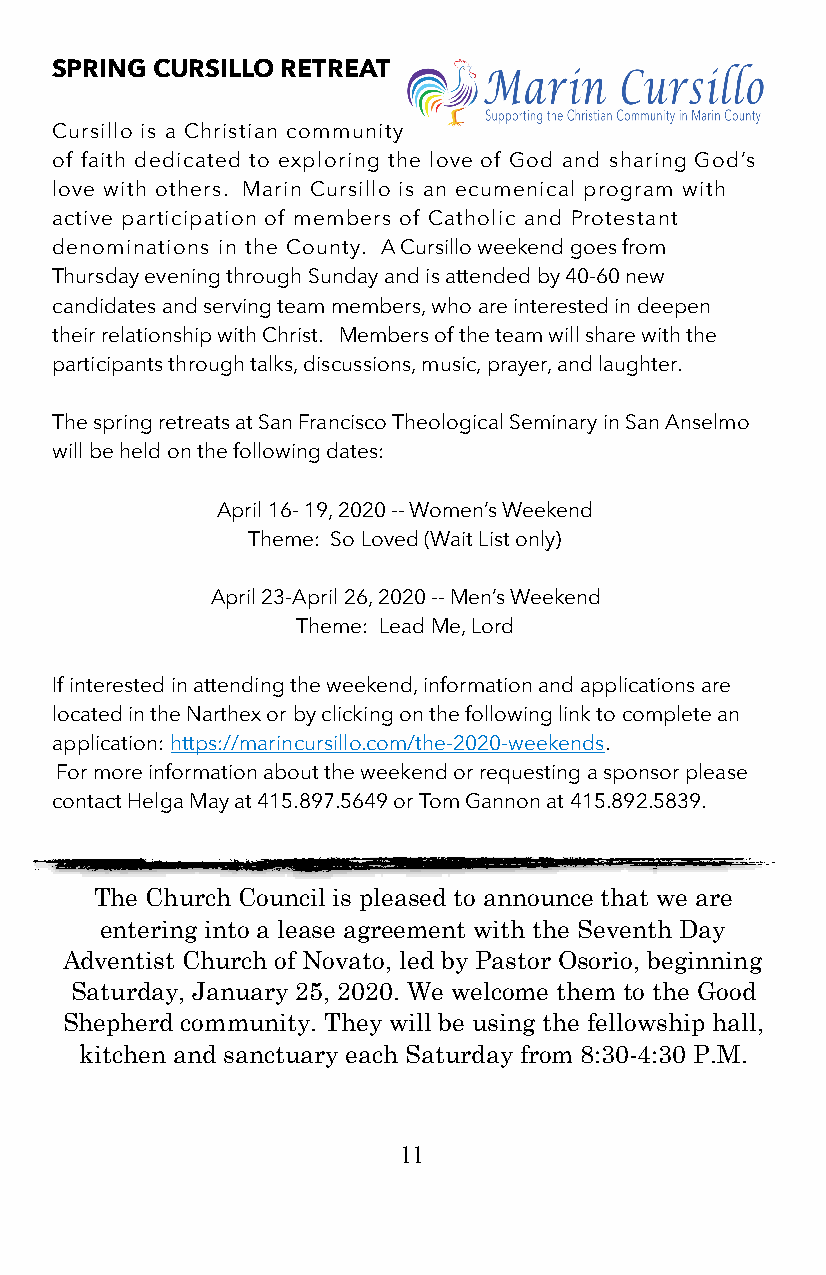
SPRING CURSILLO RETREAT
 Cursillo is a Christian community
 of faith dedicated to exploring the love of God and sharing God’s
 love with others. Marin Cursillo is an ecumenical program with
 active participation of members of Catholic and Protestant
 denominations in the County. A Cursillo weekend goes from
 Thursday evening through Sunday and is attended by 40-60 new
 candidates and serving team members, who are interested in deepen
 their relationship with Christ. Members of the team will share with the
 participants through talks, discussions, music, prayer, and laughter.
 The spring retreats at San Francisco Theological Seminary in San Anselmo
 will be held on the following dates:
 April 16- 19, 2020 -- Women’s Weekend
 Theme: So Loved (Wait List only)
 April 23-April 26, 2020 -- Men’s Weekend
 Theme: Lead Me, Lord
 If interested in attending the weekend, information and applications are
 located in the Narthex or by clicking on the following link to complete an
 application: https://marincursillo.com/the-2020-weekends.
 For more information about the weekend or requesting a sponsor please
 contact Helga May at 415.897.5649 or Tom Gannon at 415.892.5839.
 The Church Council is pleased to announce that we are
 entering into a lease agreement with the Seventh Day
 Adventist Church of Novato, led by Pastor Osorio, beginning
 Saturday, January 25, 2020. We welcome them to the Good
 Shepherd community. They will be using the fellowship hall,
 kitchen and sanctuary each Saturday from 8:30-4:30 P.M.
 11